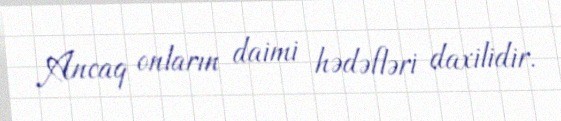
Ancaq onların daimi hədəfləri daxilidir.